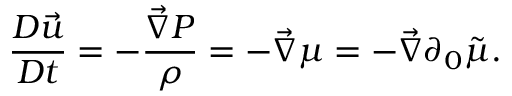
\frac { D \vec { u } } { D t } = - \frac { \vec { \nabla } P } { \rho } = - \vec { \nabla } \mu = - \vec { \nabla } \partial _ { 0 } \tilde { \mu } .